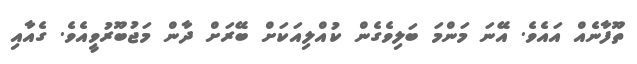
ތޫފާނެއް އައެވެ. އޭނަ މަންމަ ބަލިވެގެން ކުއްލިއަކަށް ބޭރަށް ދާން މަޖުބޫރުވީއެވެ. ގެއާއި